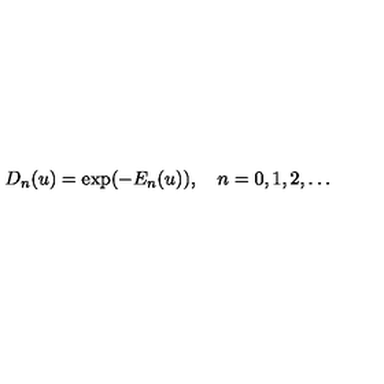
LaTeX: D _ { n } ( u ) = \exp ( - E _ { n } ( u ) ) , \quad n = 0 , 1 , 2 , \ldots